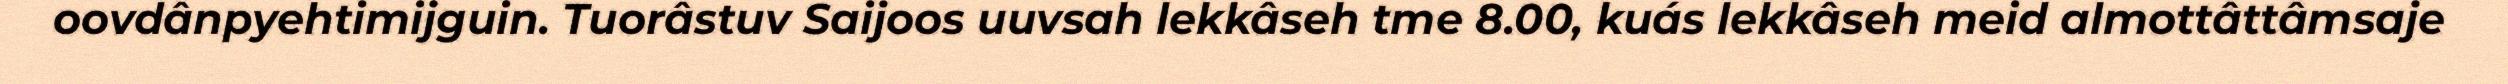
oovdânpyehtimijguin. Tuorâstuv Saijoos uuvsah lekkâseh tme 8.00, kuás lekkâseh meid almottâttâmsaje